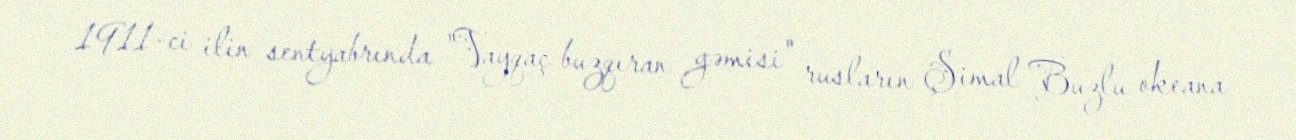
1911-ci ilin sentyabrında "Vayqaç buzqıran gəmisi" rusların Şimal Buzlu okeana